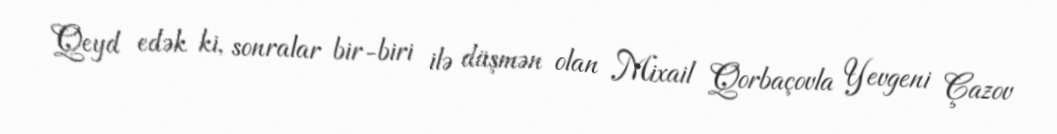
Qeyd edək ki, sonralar bir-biri ilə düşmən olan Mixail Qorbaçovla Yevgeni Çazov